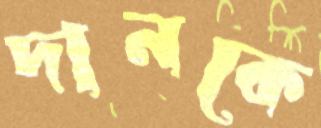
দানকে